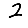
Digit: 2